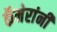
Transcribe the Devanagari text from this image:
कॅमेरांनी